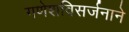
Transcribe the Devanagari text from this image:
गणेशविसर्जनाने